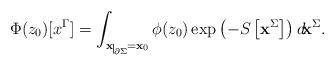
LaTeX: \begin{align*}\Phi(z_0)[x^{\Gamma}]=\int_{{\bf x}\nolinebreak\begin{picture}(10,3)(0,0)\setlength{\unitlength}{.5pt}\put(1,-7){\line(0,1){14}}\put(2,-7){$\scriptscriptstyle\partial\Sigma$}\end{picture}={\bf x}_0}\phi(z_0)\exp{\left(-S\left[{\bf x}^{\Sigma}\right]\right)}\, d\! {\bf x}^{\Sigma}.\end{align*}